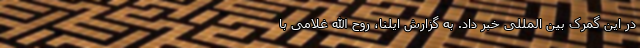
در این گمرک بین المللی خبر داد. به گزارش ایلنا، روح الله غلامی با